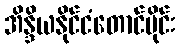
အိန္ဒိယနိုင်ငံတောင်ပိုင်း